Lock hospitals Punjab
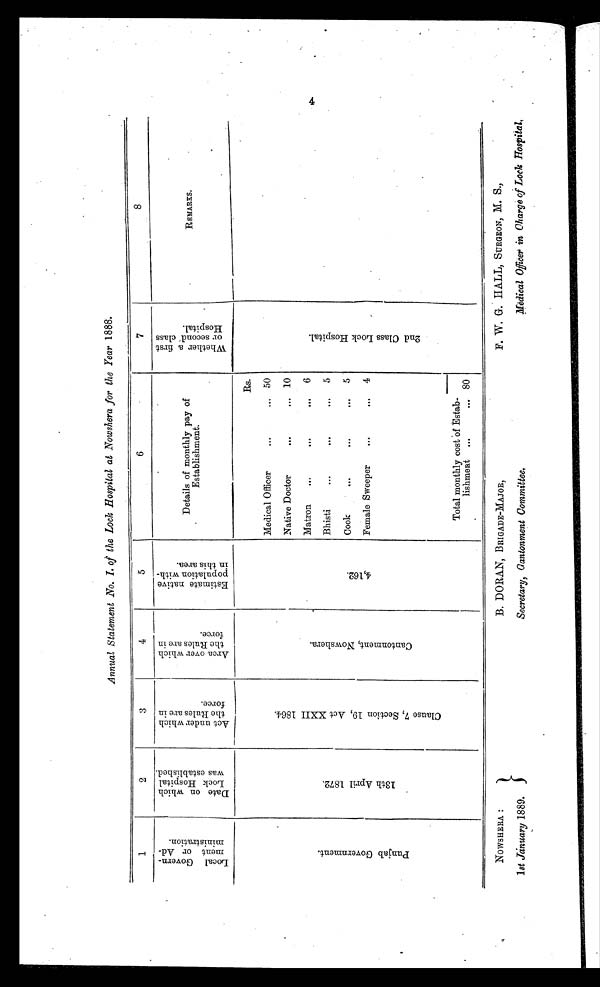
NOWSHERA :
1st January 1889.
B. DORAN, BRIGADE-MAJOR,
Secretary, Cantonment Committee.
F. W. G. HALL, SURGEON, M. S.,
Medical Officer in Charge of Lock Hospital,
Annual Statement No. I. of the Lock Hospital at Nowshera for the Year 1888.
1
2
3
4
5
6
7
8
L o c a l G o v e r n m e n t o r A d m i n i s t r a t i o n . D a t e o n w h i c h L o c k H o s p i t a l w a s e s t a b l i s h e d.
A c t u n d e r w h i c h t h e R u l e s a r e i n f o r c e .
A r e a o v e r w h i c h t h e R u l e s a r e i n f o r c e .
E s t i m a t e n a t i v e p o p u l a t i o n w i t h i n t h i s a r e a .
Details monthly of pay of
Establishment.
W h e t h e r a f i r s t o r s e c o n d c l a s s H o s p i t a l .
REMARKS.
P u n j a b G o v e r n m e n t .
1 3 t h A p r i l 1 8 7 2 .
C l a u s e 7 , S e c t i o n 1 9 , A c t X X I I 1 8 6 4 .
C a n t o n m e n t N o w s h e r a .
4 , 1 6 2 .
Rs.
2 n d C l a s s L o c k H o s p i t a l .
Medical Officer
...
... 50
Native Doctor
. . .
... 10
Matron
. . .
. . .
. . .
6
Bhisti
...
. . .
. . .
5
Cook
. . .
...
...
5
Female Sweeper
. . .
...
4
Total monthly cost of Estab-
lishment
...
. . . 80
4